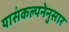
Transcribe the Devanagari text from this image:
यासंकल्पनेनुसार